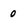
Character: 0